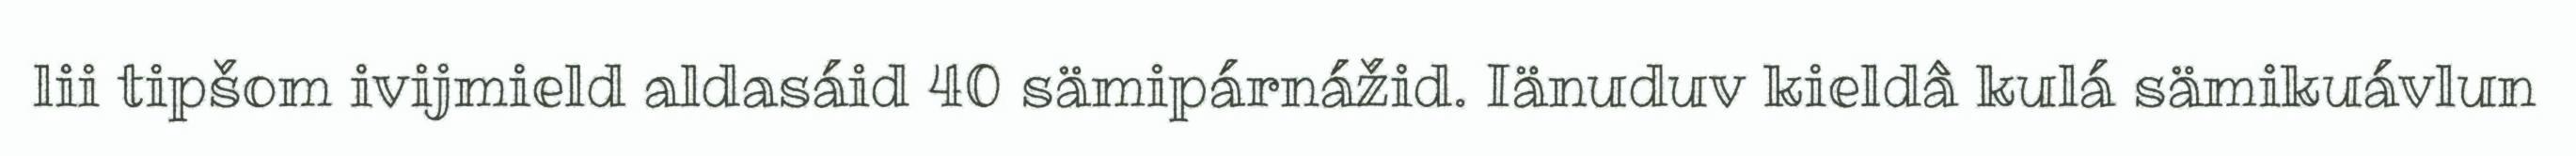
lii tipšom ivijmield aldasáid 40 sämipárnážid. Iänuduv kieldâ kulá sämikuávlun